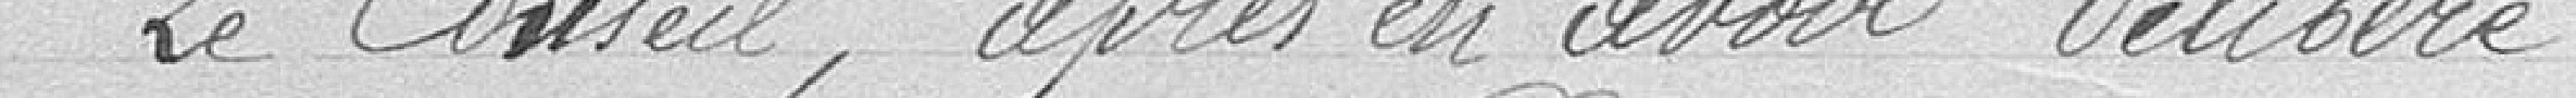
Le Conseil après avoir délibéré :